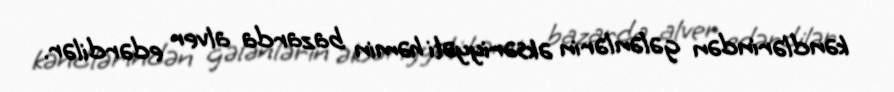
kəndlərindən gələnlərin əksəriyyəti həmin bazarda alver edərdilər.